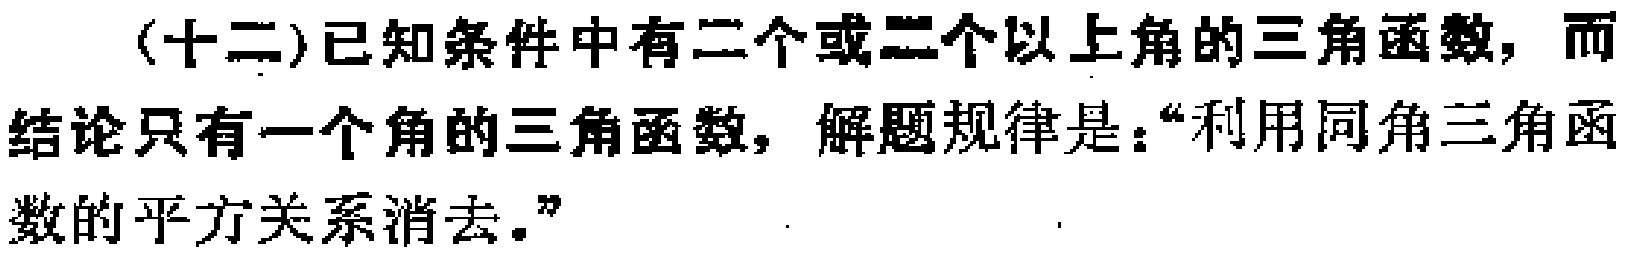
(十二)已知条件中有二个或二个以上角的三角函数，而结论只有一个角的三角函数，解题规律是：“利用同角三角函数的平方关系消去。”